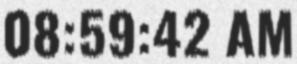
08:59:42 AM